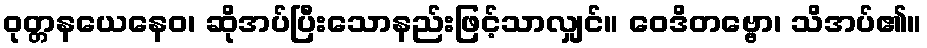
ဝုတ္တနယေနေဝ၊ ဆိုအပ်ပြီးသောနည်းဖြင့်သာလျှင်။ ဝေဒိတဗ္ဗော၊ သိအပ်၏။